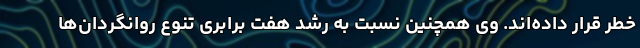
خطر قرار داده‌اند. وی همچنین نسبت به رشد هفت برابری تنوع روانگردان‌ها